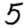
Digit: 5